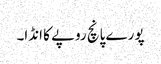
پورے پانچ روپے کا انڈا۔